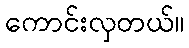
ကောင်းလှတယ်။